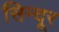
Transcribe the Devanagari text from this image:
सिन्‍दूर